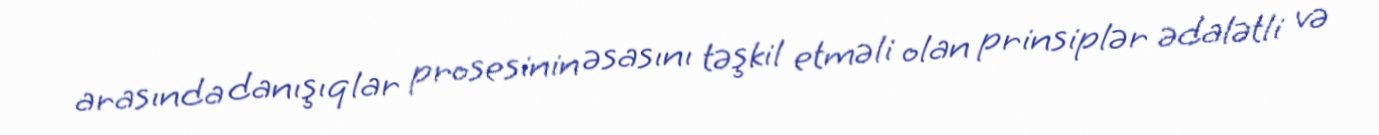
arasında danışıqlar prosesinin əsasını təşkil etməli olan prinsiplər ədalətli və